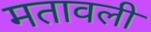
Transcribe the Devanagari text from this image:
मतावली